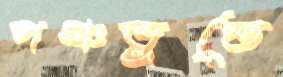
পঞ্চভূতে